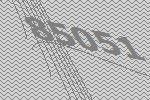
85051